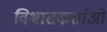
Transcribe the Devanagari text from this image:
विश्वासकर्ताओं